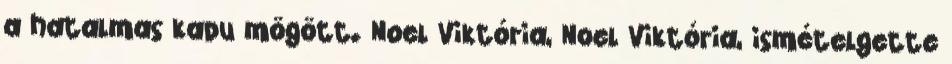
a hatalmas kapu mögött. Noel Viktória, Noel Viktória, ismételgette